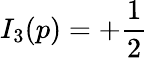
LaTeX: I_{3}(p)=+{\frac{1}{2}}